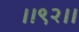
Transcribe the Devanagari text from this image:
।।९२।।